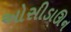
ઓસીડાઊન